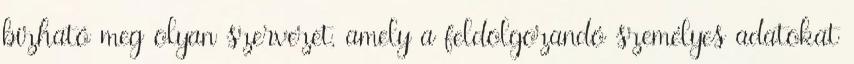
bízható meg olyan szervezet, amely a feldolgozandó személyes adatokat